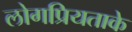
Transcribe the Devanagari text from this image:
लोगप्रियताके